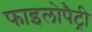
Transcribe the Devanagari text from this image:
फाइलोपैट्री